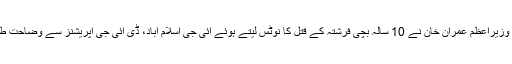
اسلام آباد: وزیراعظم عمران خان نے 10 سالہ بچی فرشتہ کے قتل کا نوٹس لیتے ہوئے آئی جی اسلام آباد، ڈی آئی جی آپریشنز سے وضاحت طلب کرلی۔